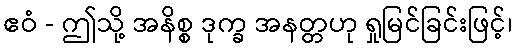
ဧဝံ - ဤသို့ အနိစ္စ ဒုက္ခ အနတ္တဟု ရှုမြင်ခြင်းဖြင့်၊